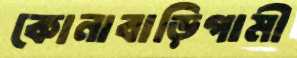
কোনাবাড়িগামী